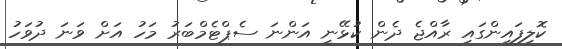
ކޮލިފައިންގައި ރާއްޖެ ދެން ކުޅޭނީ އަންނަ ސެޕްޓެމްބަރު މަހު އަށް ވަނަ ދުވަހު